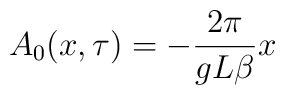
A_0(x,\tau) = -\frac{2\pi}{gL\beta}x